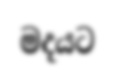
මදයට